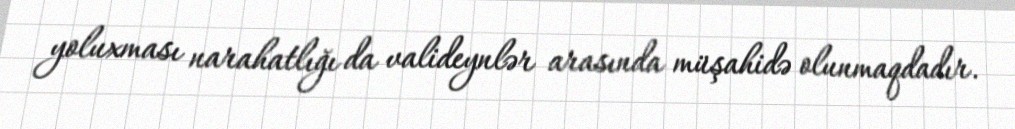
yoluxması narahatlığı da valideynlər arasında müşahidə olunmaqdadır.